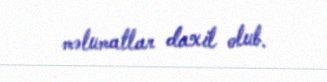
məlumatlar daxil olub.